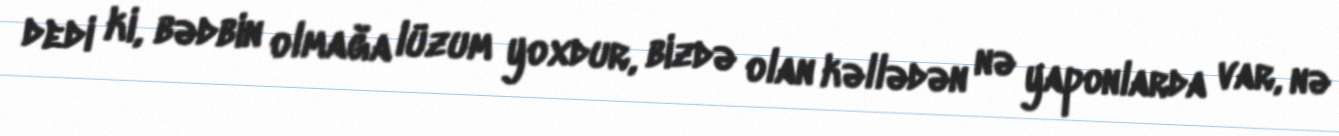
dedi ki, bədbin olmağa lüzum yoxdur, bizdə olan kəllədən nə yaponlarda var, nə